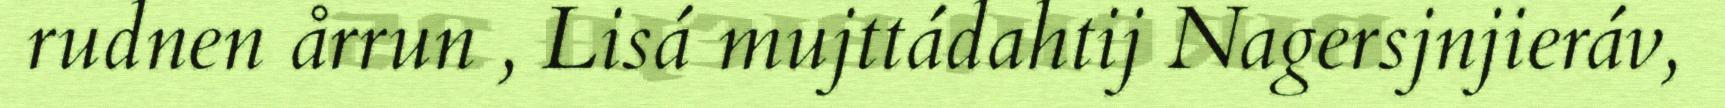
rudnen årrun , Lisá mujttádahtij Nagersjnjieráv,